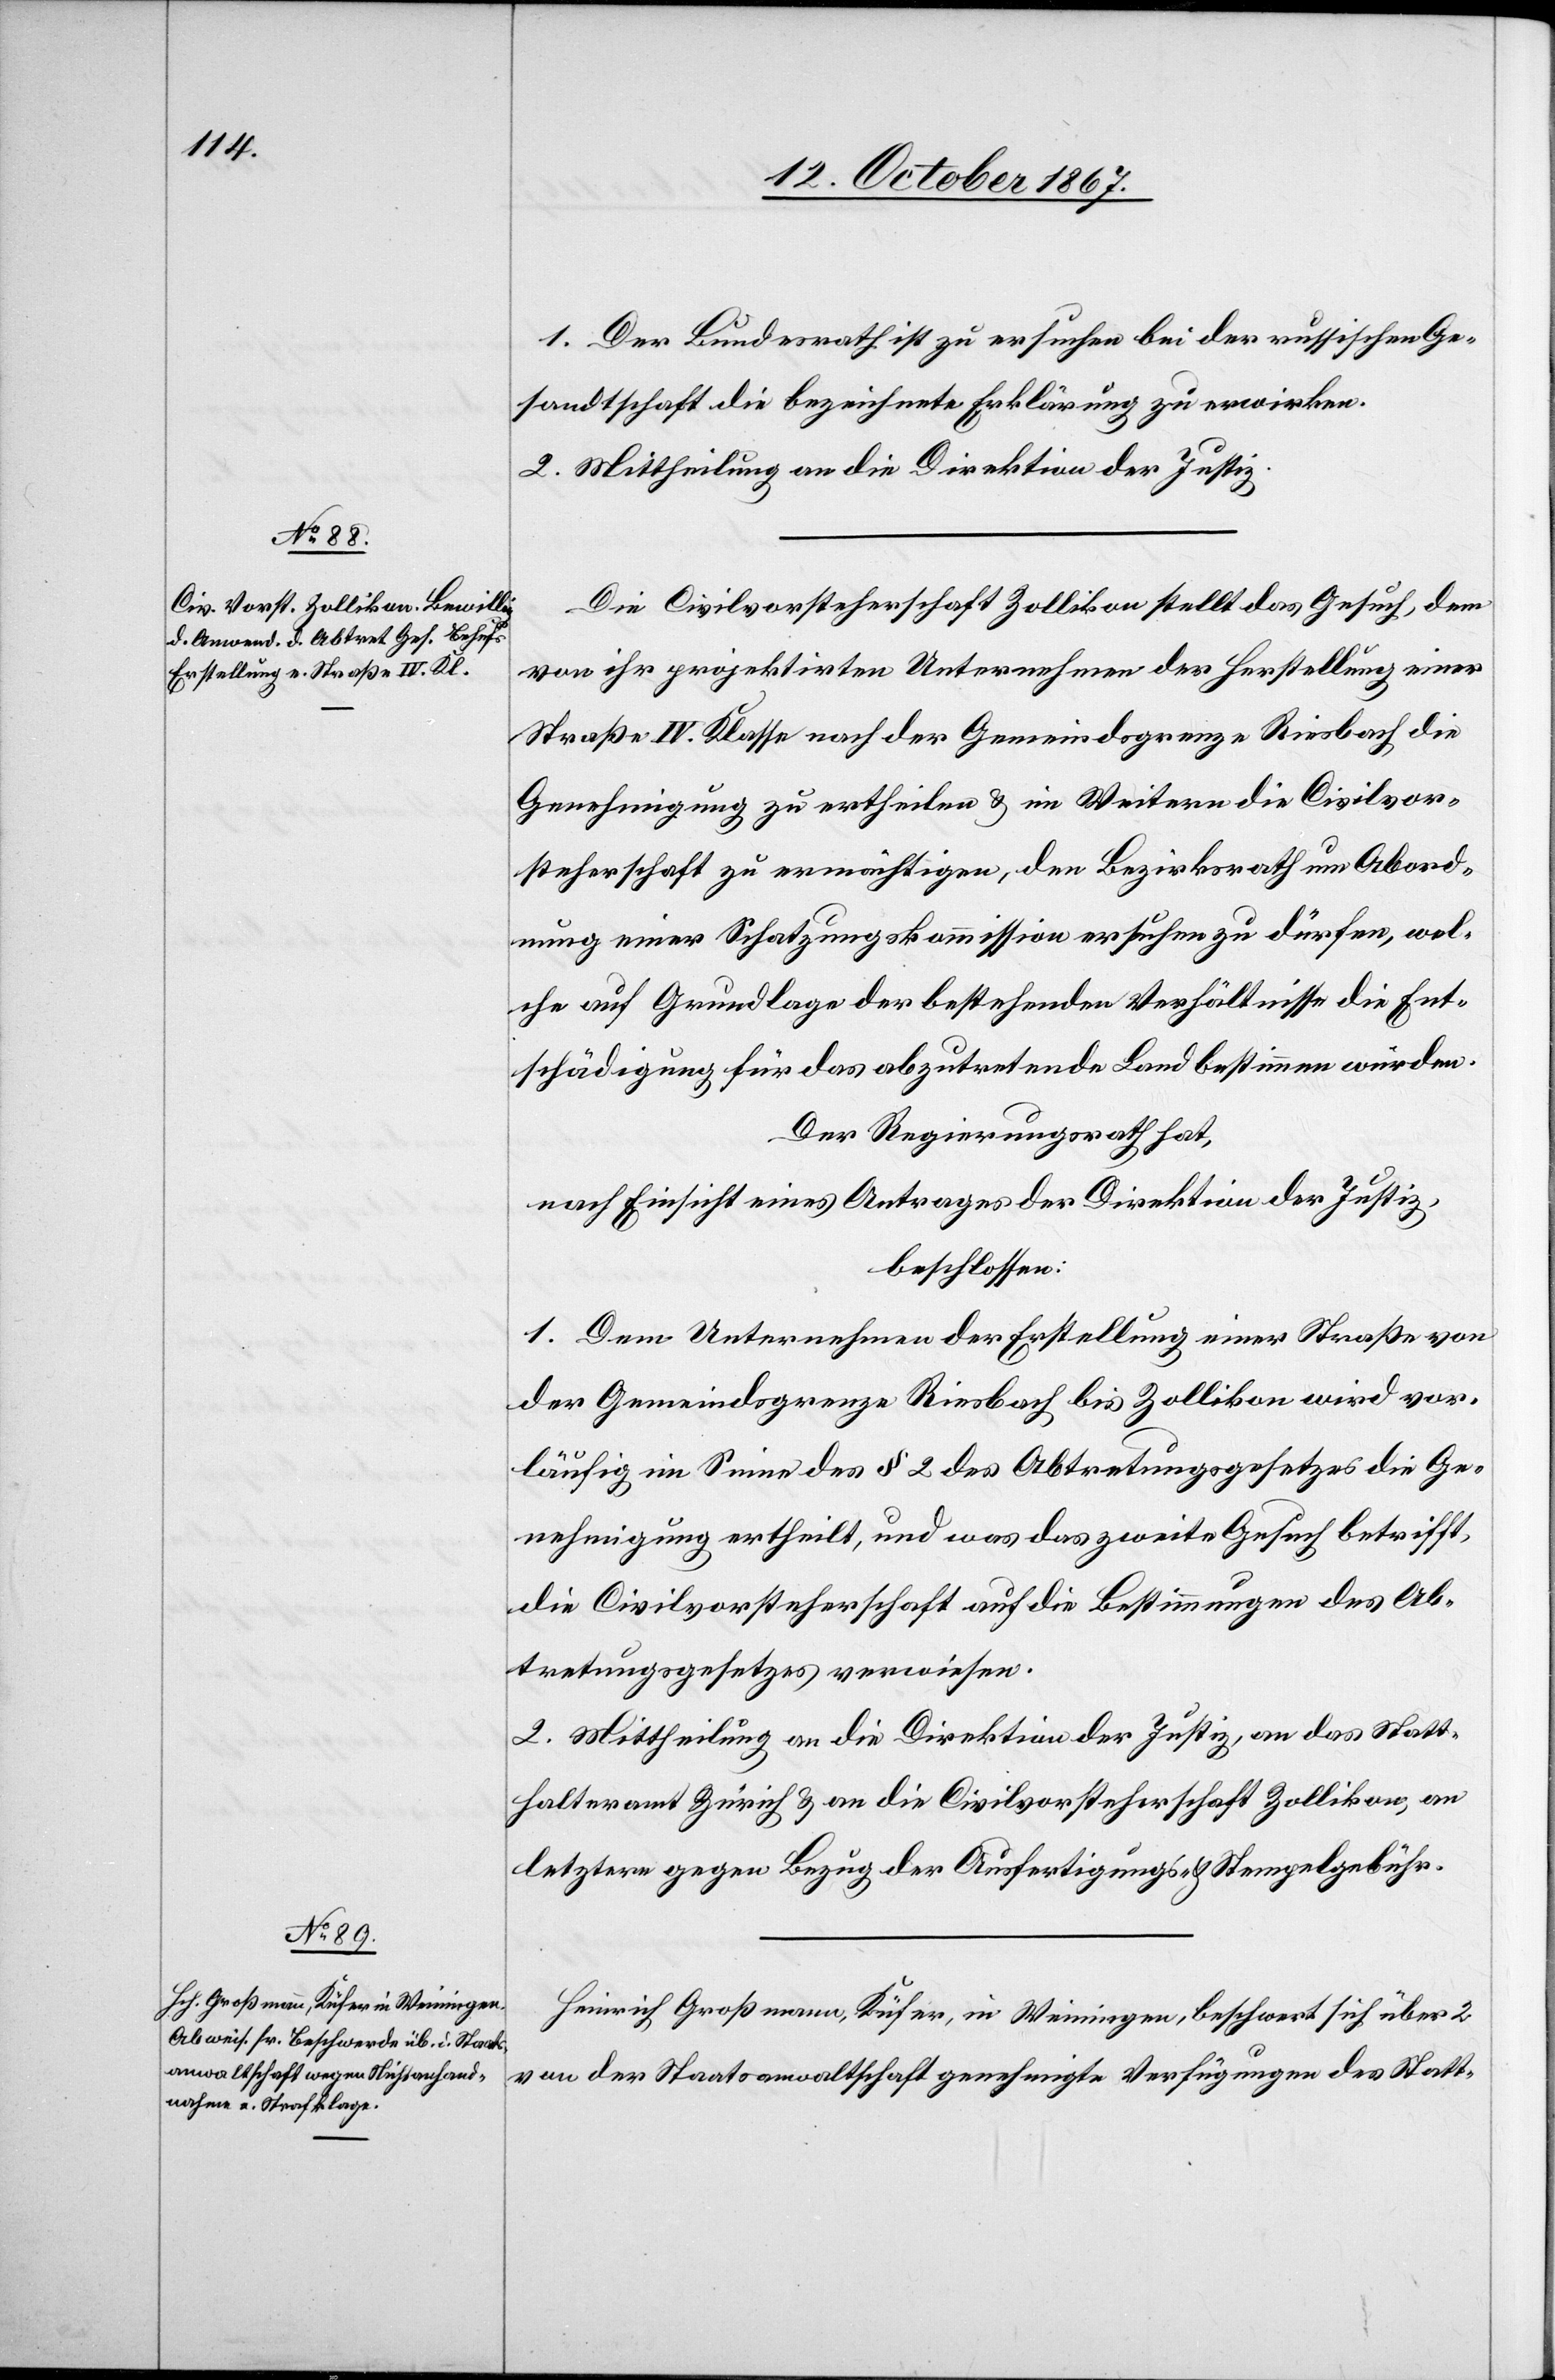
1. Der Bundesrath ist zu ersuchen bei der russischen Ge¬
sandtschaft die bezeichnete Erklärung zu erwirken.
2. Mittheilung an die Direktion der Justiz.
Die Civilvorsteherschaft Zollikon stellt das Gesuch, dem
von ihr projektirten Unternehmen der Herstellung einer
Straße IV. Klasse nach der Gemeindsgrenze Riesbach die
Genehmigung zu ertheilen u. im Weitern die Civilvor¬
steherschaft zu ermächtigen, den Bezirksrath um Abord¬
nung einer Schatzungskommission ersuchen zu dürfen, wel¬
che auf Grundlage der bestehenden Verhältnisse die Ent¬
schädigung für das abzutretende Land bestimmen würde.
Der Regierungsrath hat,
nach Einsicht eines Antrages der Direktion der Justiz,
beschlossen:
1. Dem Unternehmen der Erstellung einer Straße von
der Gemeindsgrenze Riesbach bis Zollikon wird vor¬
läufig im Sinne des § 2 des Abtretungsgesetzes die Ge¬
nehmigung ertheilt, und was das zweite Gesuch betrifft,
die Civilvorsteherschaft auf die Bestimmungen des Ab¬
tretungsgesetzes verwiesen.
2. Mittheilung an die Direktion der Justiz, an das Statt¬
halteramt Zürich u. an die Civilvorsteherschaft Zollikon, an
letztere gegen Bezug der Ausfertigungs- u. Stempelgebühren.
Heinrich Großmann, Küfer, in Weiningen, beschwert sich über 2
von der Staatsanwaltschaft genehmigte Verfügungen des Statt-